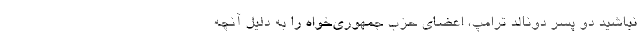
نباشید دو پسر دونالد ترامپ، اعضای حزب جمهوری‌خواه را به دلیل آنچه